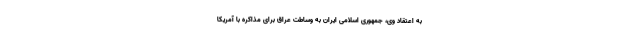
به اعتقاد وی، جمهوری اسلامی ایران به وساطت عراق برای مذاکره با آمریکا